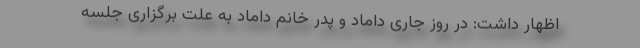
اظهار داشت: در روز جاری داماد و پدر خانم داماد به علت برگزاری جلسه